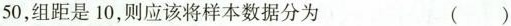
50，组距是10，则应该将样本数据分为 ()